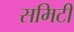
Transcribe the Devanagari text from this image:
समिटी